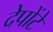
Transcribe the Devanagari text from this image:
देपोंटे